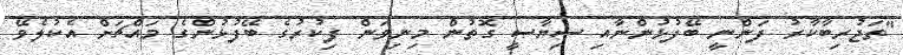
"ތަޖުރިބާކާރު ފަންނީ ބޭފުޅުންނާއި ސިޔާސީ ގޮތުން މިނިވަން ފިކުރުގެ ބޭފުޅުންގެ މައްޗަށް އެކުލެވޭ